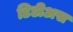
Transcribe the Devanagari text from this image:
डिडीअस